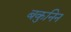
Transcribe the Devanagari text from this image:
बकुनिन